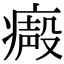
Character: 𤹥